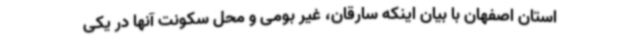
استان اصفهان با بیان اینکه سارقان، غیر بومی و محل سکونت آنها در یکی